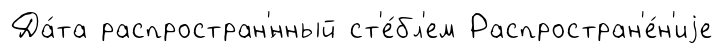
Да́та распростран'́нный ст'е́бл'ем Распростран'е́н'иjе